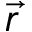
\vec { r }